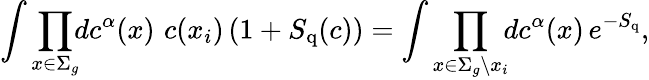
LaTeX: \int\prod_{x\in\Sigma_{g}}\! \! dc^{\alpha}(x)\, \, c(x_{i})\left(1+S_{\mathrm{q}}(c)\right)=\int\prod_{x\in\Sigma_{g}\setminus x_{i}}\! \! dc^{\alpha}(x)\, e^{-S_{\mathrm{q}}},